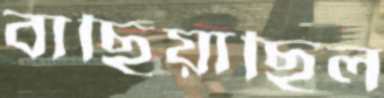
বাছিয়াছিল